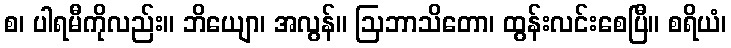
စ၊ ပါရမီကိုလည်း။ ဘိယျော၊ အလွန်။ ဩဘာသိတော၊ ထွန်းလင်းစေပြီ။ စရိယံ၊